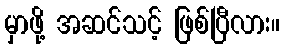
မှာဖို့ အဆင်သင့် ဖြစ်ပြီလား။